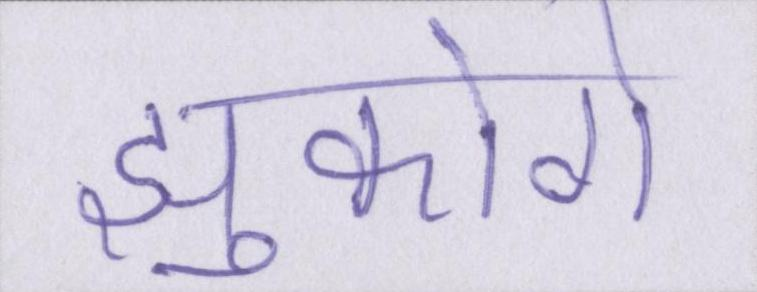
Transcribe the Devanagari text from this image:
झुकोगे